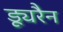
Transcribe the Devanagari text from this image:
ड्यूरैन